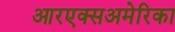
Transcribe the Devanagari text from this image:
आरएक्सअमेरिका